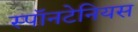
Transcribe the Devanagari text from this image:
स्पॉनटेनियस